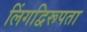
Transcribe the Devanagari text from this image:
लिंगद्विरूपता